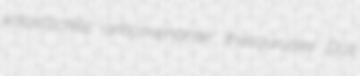
xalostockite anticovenanter thesauruses Duit